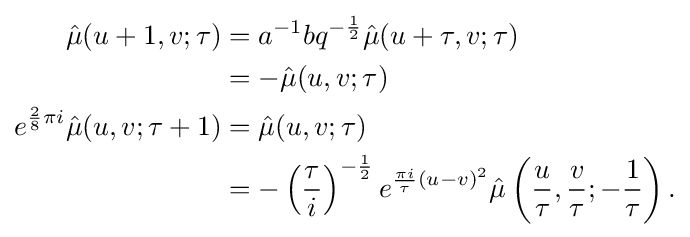
{\begin{aligned}{\hat {\mu }}(u+1,v;\tau )&=a^{-1}bq^{-{\frac {1}{2}}}{\hat {\mu }}(u+\tau ,v;\tau )\\&{}=-{\hat {\mu }}(u,v;\tau )\\e^{{\frac {2}{8}}\pi i}{\hat {\mu }}(u,v;\tau +1)&={\hat {\mu }}(u,v;\tau )\\&{}=-\left({\frac {\tau }{i}}\right)^{-{\frac {1}{2}}}e^{{\frac {\pi i}{\tau }}(u-v)^{2}}{\hat {\mu }}\left({\frac {u}{\tau }},{\frac {v}{\tau }};-{\frac {1}{\tau }}\right).\end{aligned}}